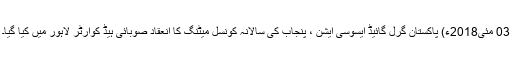
03 مئی2018ء) پاکستان گرل گائیڈ ایسوسی ایشن ، پنجاب کی سالانہ کونسل میٹنگ کا انعقاد صوبائی ہیڈ کوارٹر لاہور میں کیا گیا۔